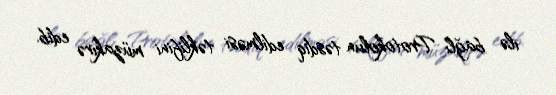
ilə bağlı Protokolun təsdiq edilməsi təklifini müzakirə edib.